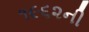
૧૯૬૨ની